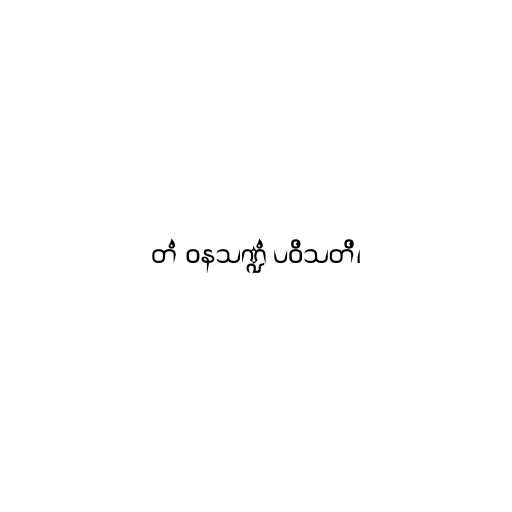
တံ ဝနသဏ္ဍံ ပဝိသတိ၊